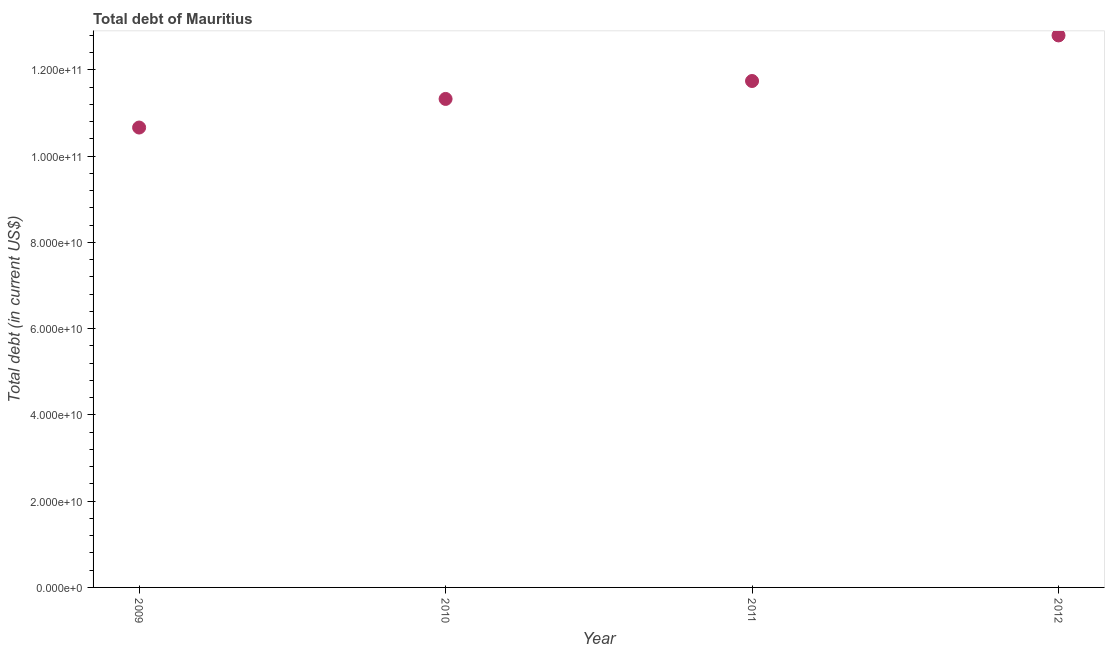
| Year | Central government debt |
 | --- | --- |
 | 2009 | 1.07e+11 |
 | 2010 | 1.13e+11 |
 | 2011 | 1.17e+11 |
 | 2012 | 1.28e+11 |